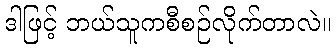
ဒါဖြင့် ဘယ်သူကစီစဉ်လိုက်တာလဲ။